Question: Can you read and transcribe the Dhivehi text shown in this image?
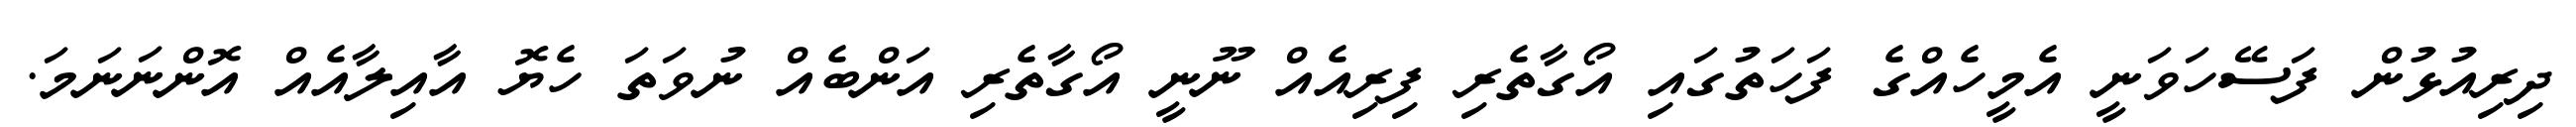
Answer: ދިރިއުޅުން ފަސޭހަވަނީ އެމީހެއްގެ ފަހަތުގައި އޯގާތެރި ފިރިއެއް ނޫނީ އޯގާތެރި އަންބެއް ނުވަތަ ހެޔޮ އާއިލާއެއް އޮންނަނަމަ.